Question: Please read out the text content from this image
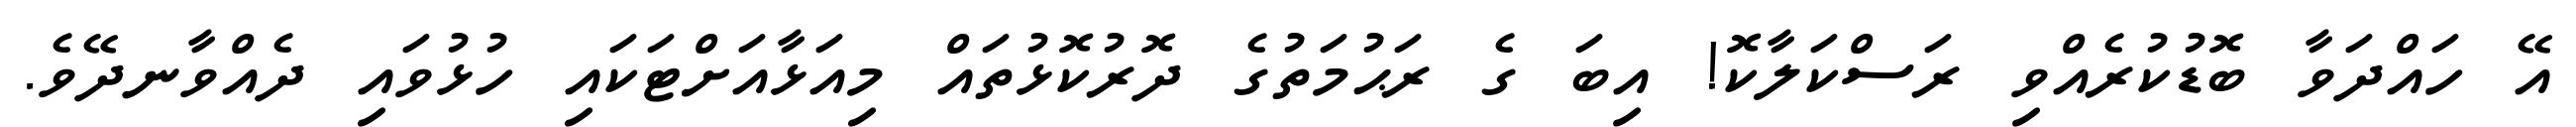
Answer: އޭ ހައްދަވާ ބޮޑުކުރެއްވި ރަސްކަލާކޮ! އިބަ ގެ ރަޙުމަތުގެ ދޮރުކޮޅުތައް މިއަޅާއަށްޓަކައި ހުޅުވައި ދެއްވާނދޭވެ.